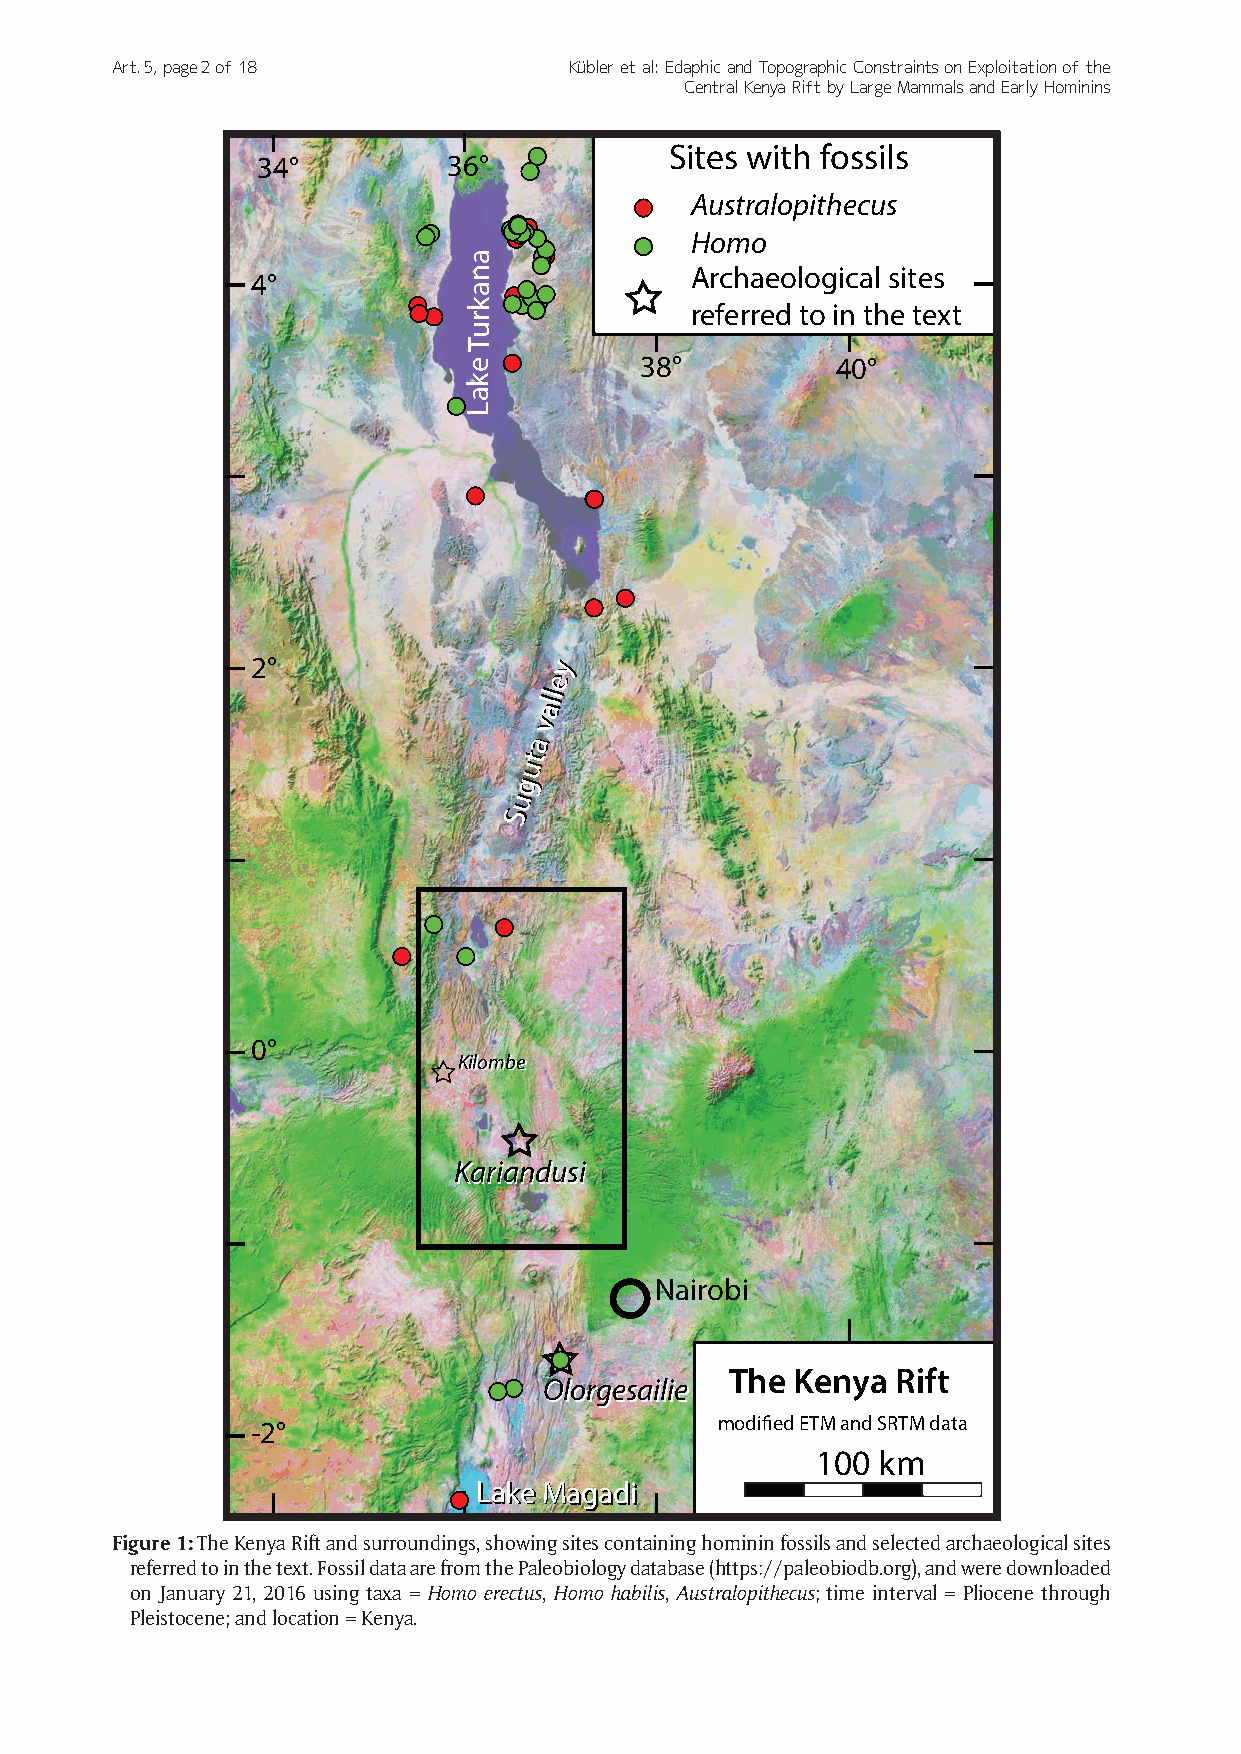
Art. 5, page 2 of 18           Kübler et al: Edaphic and Topographic Constraints on Exploitation of the
 Central Kenya Rift by Large Mammals and Early Hominins
 Sites with fossils
 34°          36°
 Australopithecus
 Homo
 a
 n              Archaeological sites
 4°
 a
 k              referred to in the text
 r
 u
 T
 e          38°          40°
 k
 a
 L
 2°                 yy
 ee
 aallll
 vv
 aa
 tt
 uu
 gg
 uu
 SS
 0°
 KKiilloommbbee
 KKaarriiaanndduussii
 Nairobi
 The Kenya  Rift
 OOlloorrggeessaaiilliiee
 -2°                           modified ETM and SRTM data
 100 km
 LLaakkee MMaaggaaddii
 Figure 1: The Kenya Rift and surroundings, showing sites containing hominin fossils and selected archaeological sites
 referred to in the text. Fossil data are from the Paleobiology database (https://paleobiodb.org), and were downloaded
 on January 21, 2016 using taxa = Homo erectus, Homo habilis, Australopithecus; time interval = Pliocene through
 Pleistocene; and location = Kenya.